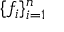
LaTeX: \{ f _ { i } \} _ { i = 1 } ^ { n }